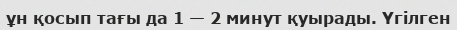
ұн қосып тағы да 1 — 2 минут қуырады. Үгілген